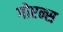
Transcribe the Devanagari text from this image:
गोएन्स